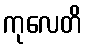
ကုလေတိ